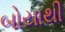
બોયાથી